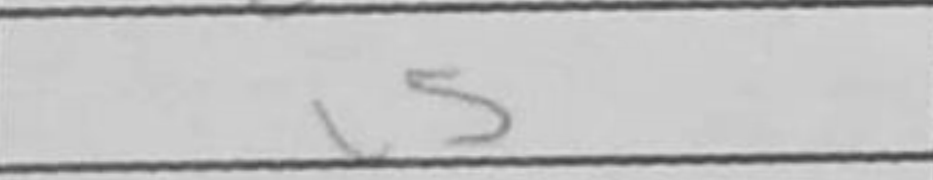
Transcription: c5